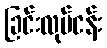
ခြင်းလုပ်ငန်း